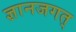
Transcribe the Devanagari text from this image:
ज्ञानजगत्‌